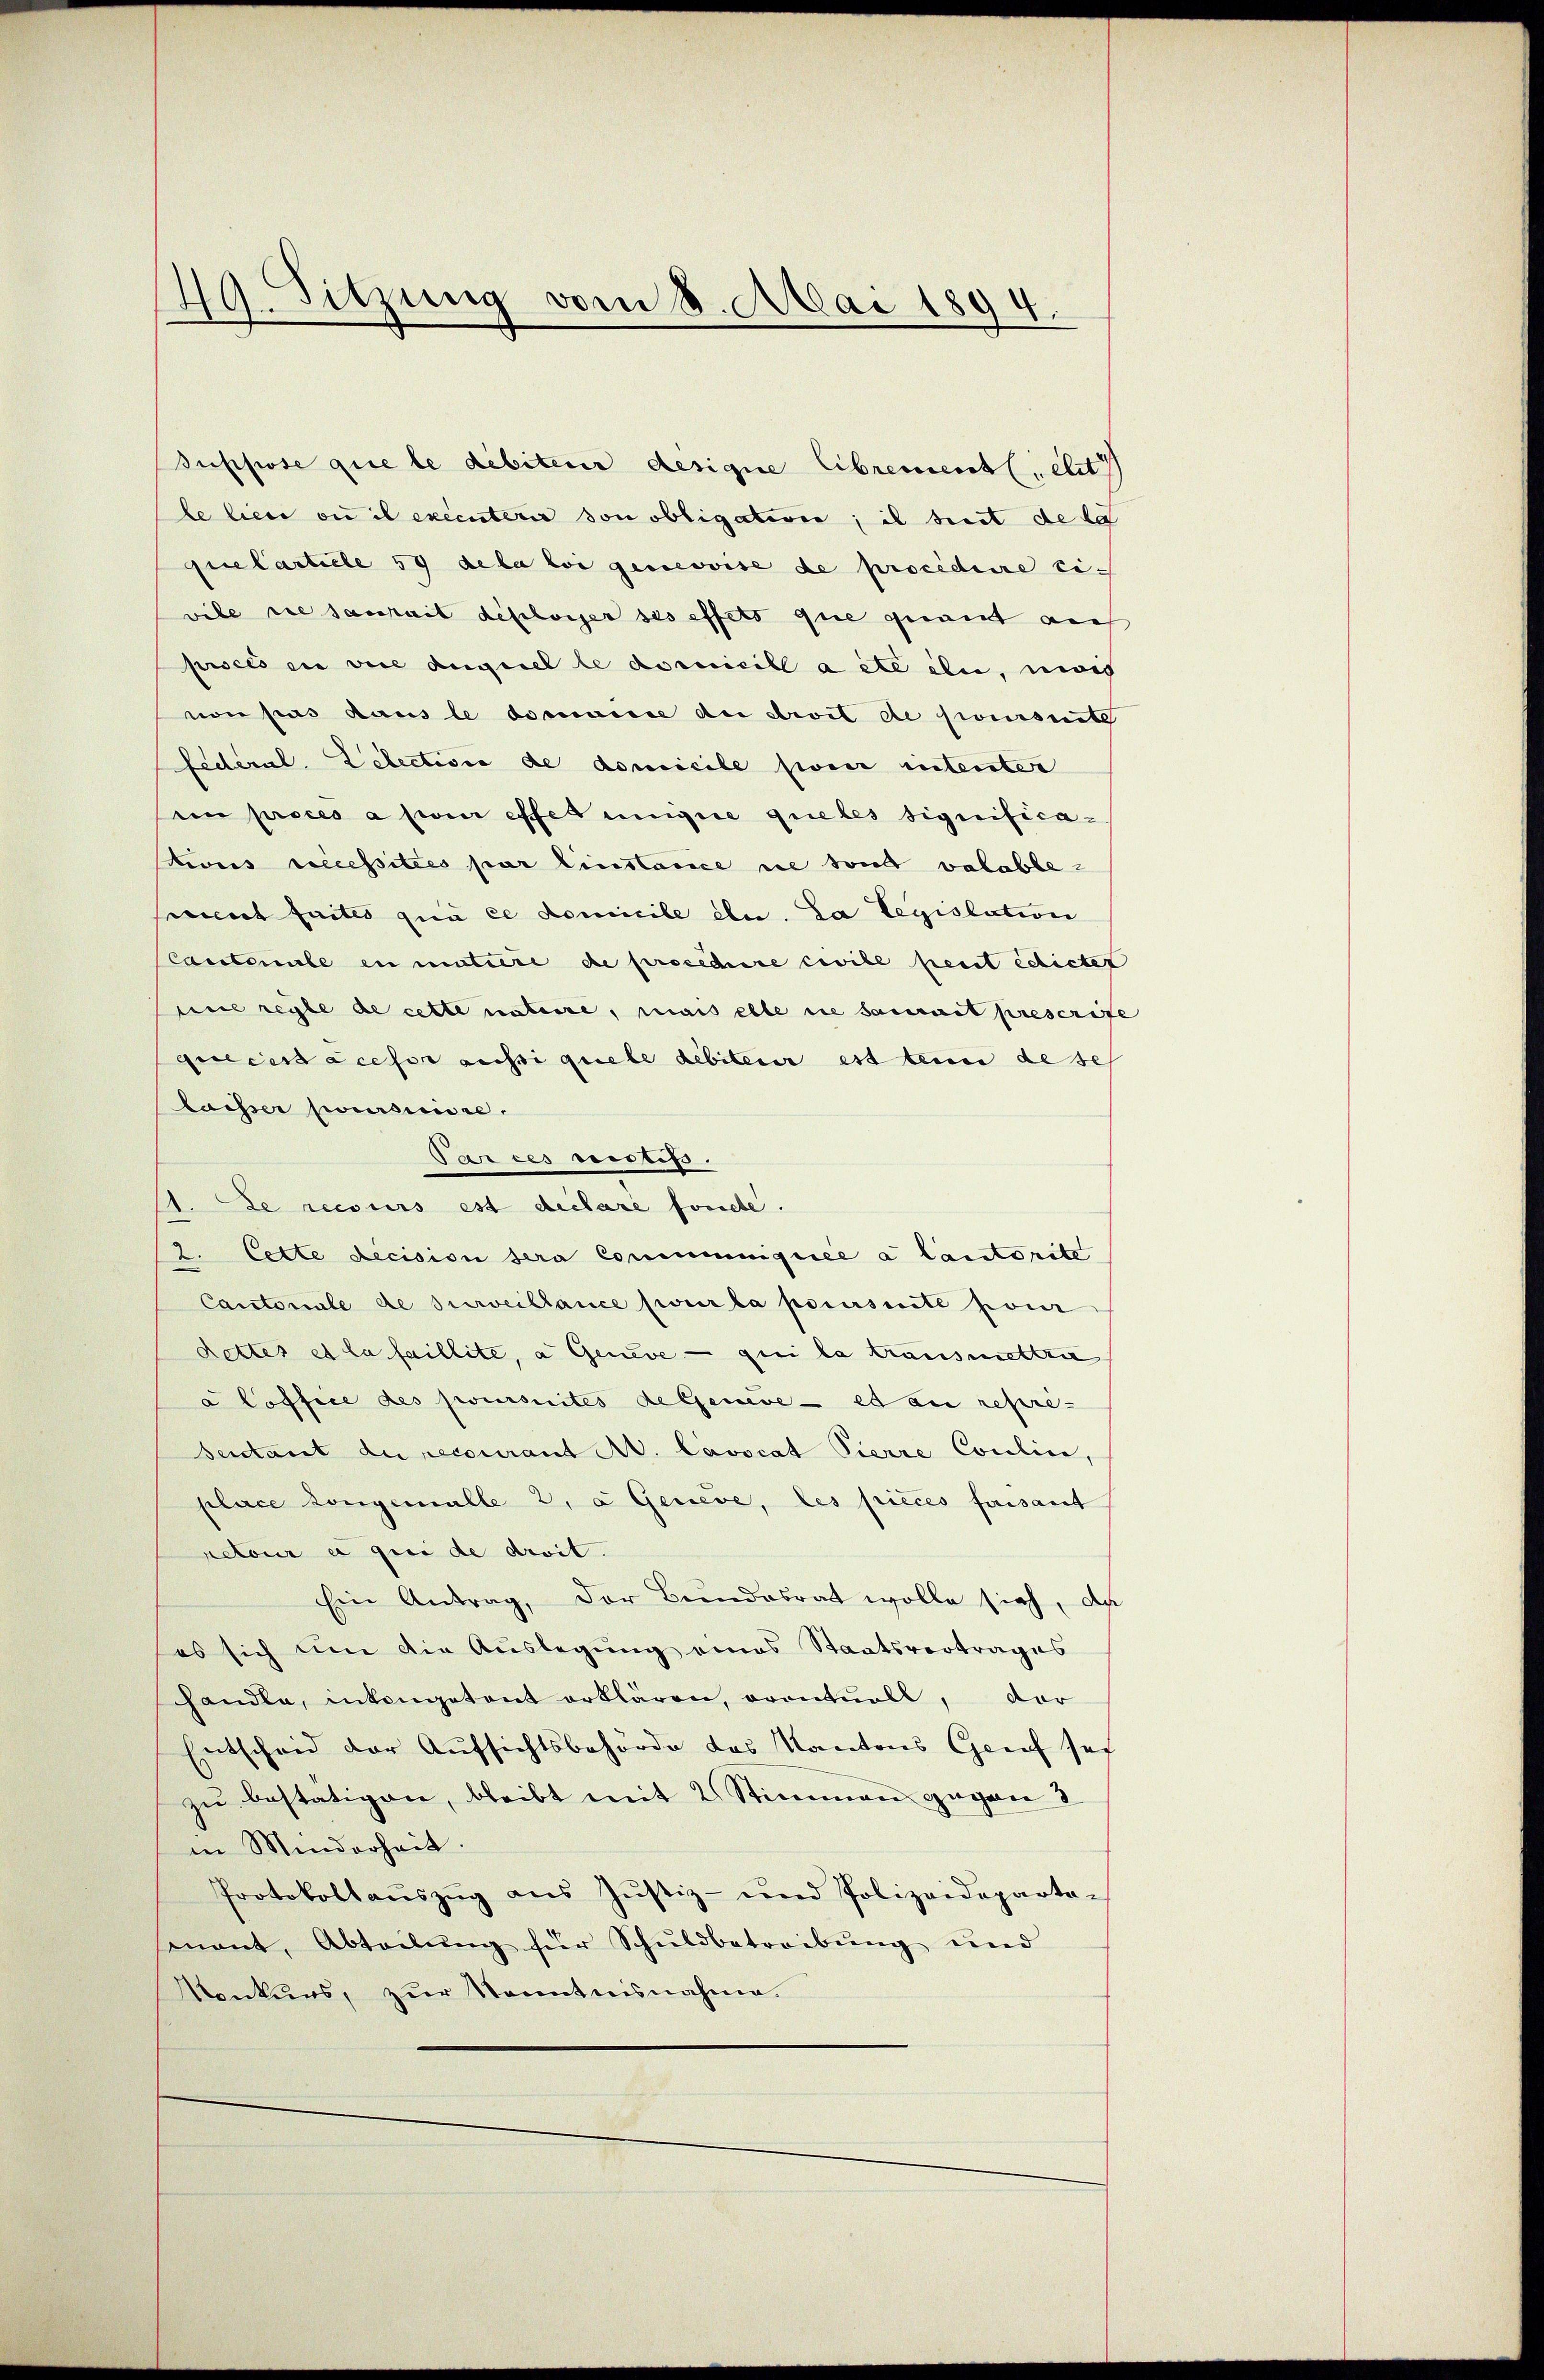
49. Sitzung vom 8. Mai 1894.

suppose que le débiteur designie librementl. elet
le liese ou il executerie son obligation; il treit de la
prelarticle 59 dela loi geneoise de procidiere Eivile sie saurait deselbiger ses effets que gement auch
proels in vice auguel le domicill a été eln, innig
von pas daus le domaine an droit de poursuite
federal. Lelection de domicile pour intenter
im proces a pour effes unigue queles significa¬
Prons recessitées par linstance ne sont valabbesement faites que ce domicile ele. La legislation
Cantonale en mutiere de procediere civile peut edictet
sue regte de cette nature, mais elle die Saurait prescrite
que cessa ceso aussi quele debiterer est tenu de se
laisser poursuite.
Par ces vistiss.
.Le recours est declare fonde.
2. Cette Lecision sera Communiquée a lautorite
Cantonale de surveillance sur la poursuite pour
Rettes et la faillite, a Geneve — qui la transmettrie
a Coffice des poursuites de Geneve et an repre-
sentant du recourant A. Lavocat Pierre Coulin,
place longemalle 2, a Geneve, les pièces faisant
retour a qui de droit.
Ein Antrag, der Bundesrat wolle sich, da
es sich um die Aŭslegung eines Staatsvertrages
handle, inkongetent erklären, eventuell, der
Entscheid der Aufsichtsbehörde das Kantons Grief sei
zu bestätigen, bleibt mit 2 Stimmen gegen 2
in Minderheit.
Protokollaŭszŭg aŭs Jŭstiz- und Polizeideparte-
mant, Abteilŭng für Schŭldbetreibŭng und
Konkurs, zur Kenntnisnahme.